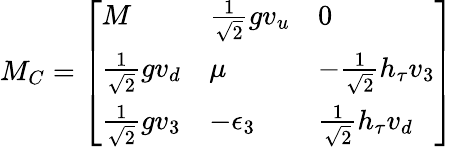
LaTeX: {M_{C}}=\left[\begin{array}{lll}{{M}}&{{{\textstyle{\frac{1}{\sqrt{2}}}}gv_{u}}}&{{0}}\\ {{{\textstyle{\frac{1}{\sqrt{2}}}}gv_{d}}}&{{\mu}}&{{-{\textstyle{\frac{1}{\sqrt{2}}}}h_{\tau}v_{3}}}\\ {{{\textstyle{\frac{1}{\sqrt{2}}}}gv_{3}}}&{{-\epsilon_{3}}}&{{{\textstyle{\frac{1}{\sqrt{2}}}}h_{\tau}v_{d}}}\end{array}\right]